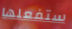
ستفعلها